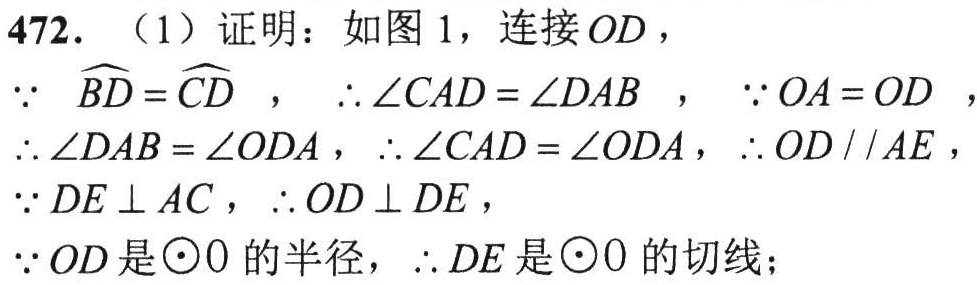
472. （1）证明：如图 1，连接 \(OD\)，
\(\because\) \(\overset{\frown}{BD}=\overset{\frown}{CD}\) ， \(\therefore \angle CAD = \angle DAB\) ， \(\because OA = OD\) ，
\(\therefore \angle DAB = \angle ODA\)，\(\therefore \angle CAD = \angle ODA\)，\(\therefore OD\parallel AE\) ，
\(\because DE\perp AC\) ，\(\therefore OD\perp DE\) ，
\(\because OD\)是\(\odot O\)的半径，\(\therefore DE\)是\(\odot O\)的切线；